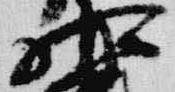
相